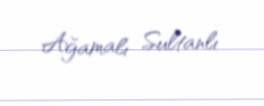
Ağamalı Sultanlı